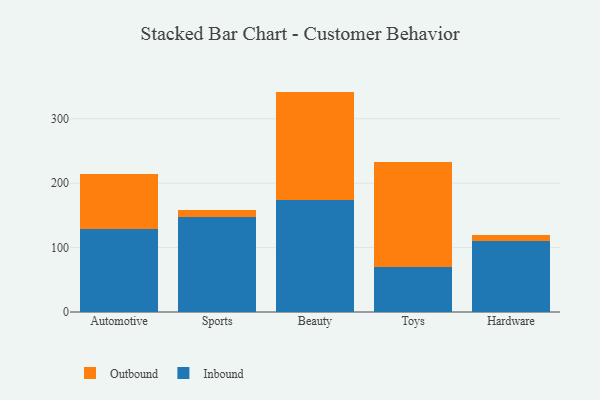
{"axis": {"x": "Category", "y": "Budget (USD K)"}, "legend": ["Inbound", "Outbound"], "data": [{"x": "Automotive", "y": 129.3, "type": "Inbound"}, {"x": "Automotive", "y": 85.3, "type": "Outbound"}, {"x": "Sports", "y": 148.0, "type": "Inbound"}, {"x": "Sports", "y": 9.8, "type": "Outbound"}, {"x": "Beauty", "y": 174.2, "type": "Inbound"}, {"x": "Beauty", "y": 168.0, "type": "Outbound"}, {"x": "Toys", "y": 69.3, "type": "Inbound"}, {"x": "Toys", "y": 163.7, "type": "Outbound"}, {"x": "Hardware", "y": 109.5, "type": "Inbound"}, {"x": "Hardware", "y": 10.7, "type": "Outbound"}]}